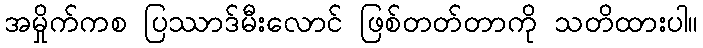
အမှိုက်ကစ ပြဿာဒ်မီးလောင် ဖြစ်တတ်တာကို သတိထားပါ။